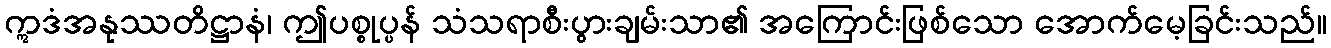
ဣဒံအနုဿတိဋ္ဌာနံ၊ ဤပစ္စုပ္ပန် သံသရာစီးပွားချမ်းသာ၏ အကြောင်းဖြစ်သော အောက်မေ့ခြင်းသည်။